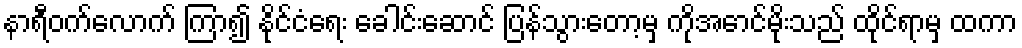
နာရီဝက်လောက် ကြာ၍ နိုင်ငံရေး ခေါင်းဆောင် ပြန်သွားတော့မှ ကိုအောင်မိုးသည် ထိုင်ရာမှ ထကာ